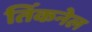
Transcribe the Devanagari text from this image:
तिंकनेल